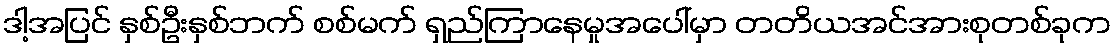
ဒါ့အပြင် နှစ်ဦးနှစ်ဘက် စစ်မက် ရှည်ကြာနေမှုအပေါ်မှာ တတိယအင်အားစုတစ်ခုက